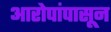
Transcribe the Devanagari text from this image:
आरोपांपासून